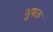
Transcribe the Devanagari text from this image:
भूषक